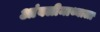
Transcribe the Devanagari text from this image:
आंबलीमाथ्याला